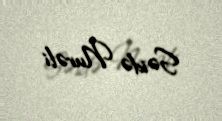
Səidə Nurəli